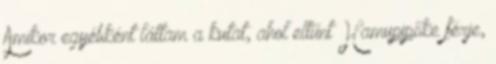
Amikor egyébként láttam a kutat, ahol eltűnt Hamupipőke férje,